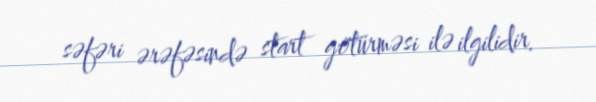
səfəri ərəfəsində start götürməsi ilə ilgilidir.